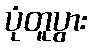
ပုံတူပွား